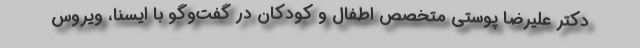
دکتر علیرضا پوستی متخصص اطفال و کودکان در گفت‌وگو با ایسنا، ویروس